Tezpur Lunatic Asylum reports 1895-1904 - 1895-1904
Year: 1895
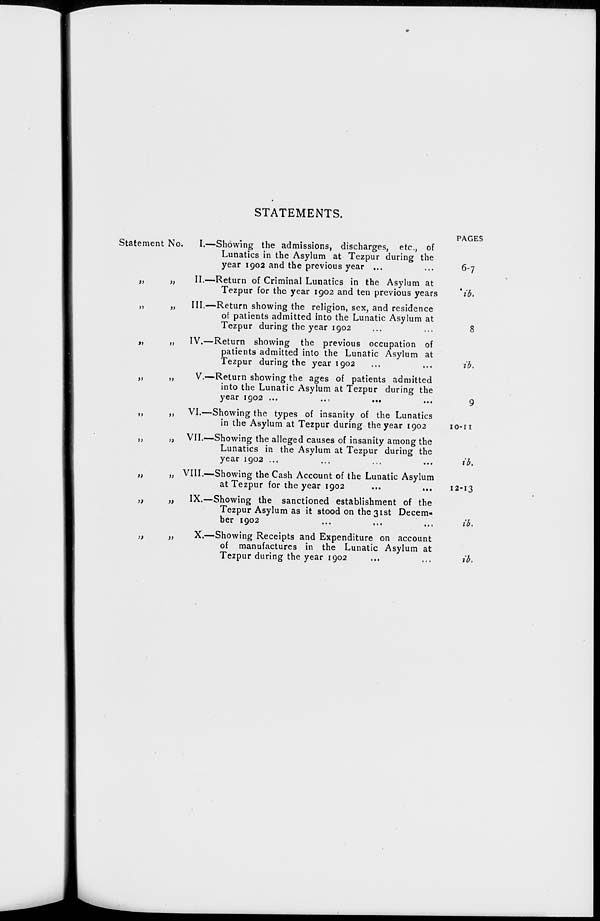
STATEMENTS.
Statement No.
)>
»
»
)>
»>
t>
»
)»
>)
>i
»
»>
>>
a
»
»
I.—Showing the admissions, discharges, etc., of
Lunatics in the Asylum at Tezpur during the
year 1902 and the previous year ...
II.—Return of Criminal Lunatics in the Asylum at
Tezpur for the year 1902 and ten previous years
III.—Return showing the religion, sex, and residence
of patients admitted into the Lunatic Asylum at
Tezpur during the year 1902
IV.—Return showing the previous occupation of
patients admitted into the Lunatic Asylum at
Tezpur during the year 1902
V.—Return showing the ages of patients admitted
into the Lunatic Asylum at Tezpur during the
year 1902 ...
...
...
VI.—Showing the types of insanity of the Lunatics
in the Asylum at Tezpur during the year 1902
VII.—Showing the alleged causes of insanity among the
Lunatics in the Asylum at Tezpur during the
year 1902 ...
VIII.—Showing the Cash Account of the Lunatic Asylum
at Tezpur for the year 1902
IX.—Showing the sanctioned establishment of the
Tezpur Asylum as it stood on the 31st Decem-
ber 1902
X.—Showing Receipts and Expenditure on account
of manufactures in the Lunatic Asylum at
Tezpur during the year 1902
PAGES
6-7
7*.
8
ib.
IO-II
ib.
12-13
ib.
ib.